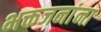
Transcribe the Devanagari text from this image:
भक्तजनांना